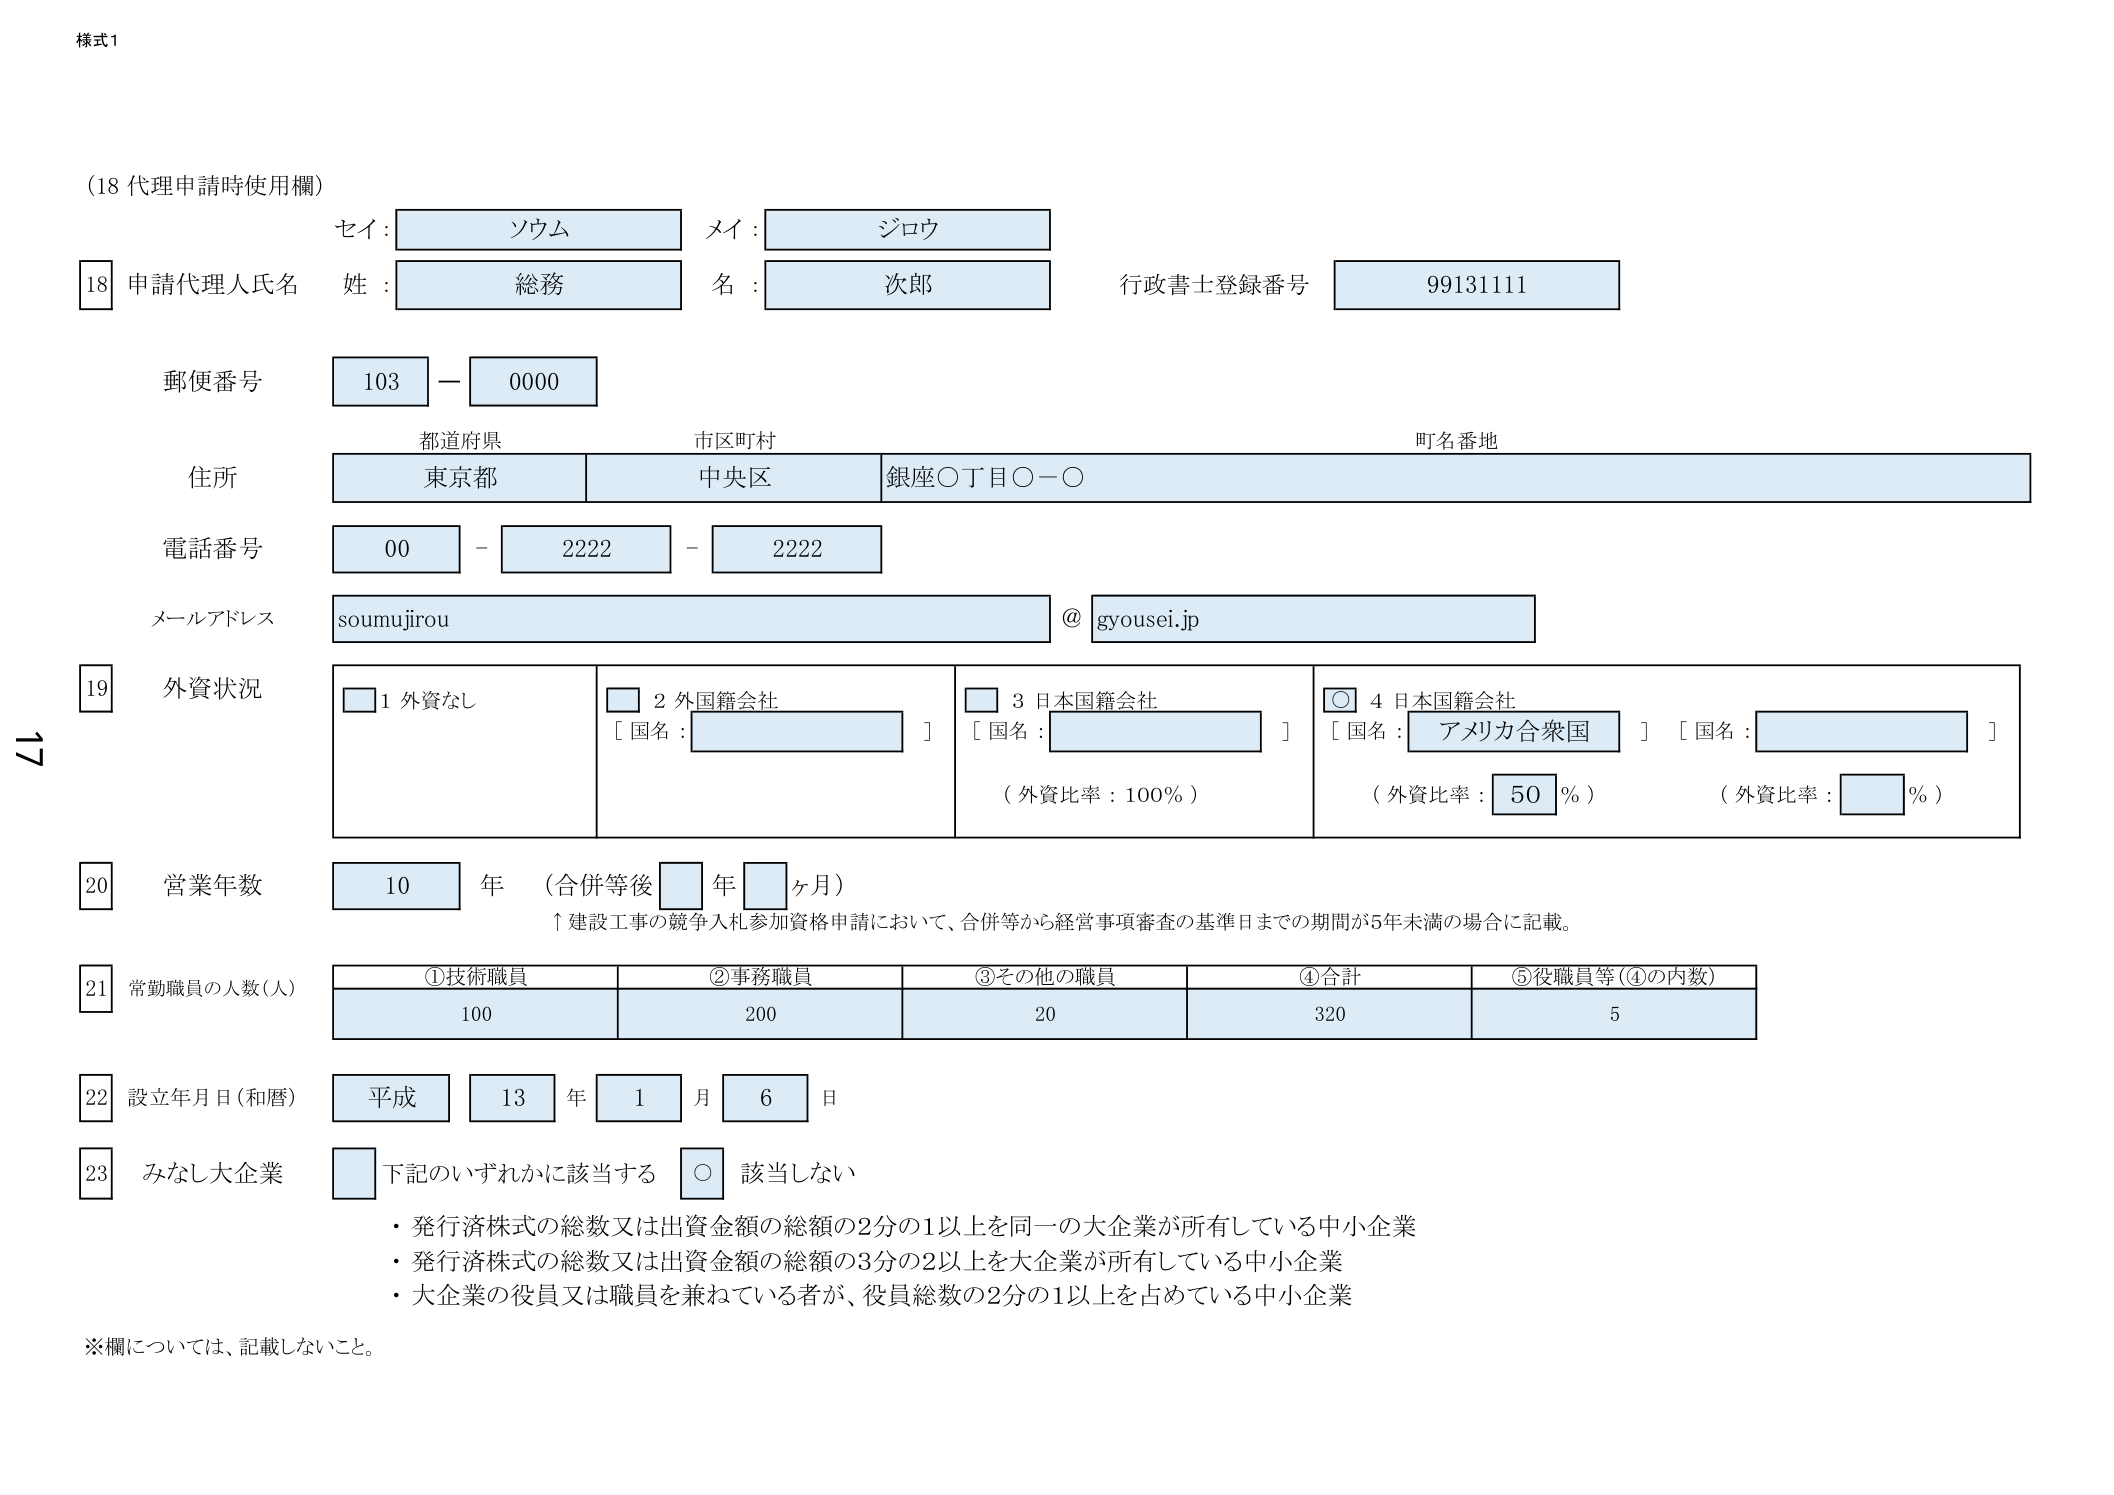
様式1

（18 代理申請時使用欄）

セイ：ソウム
メイ：ジロウ
姓：総務
名：次郎
行政書士登録番号 99131111

郵便番号 103－0000

住所
都道府県 東京都
市区町村 中央区
町名番地 銀座〇丁目〇－〇

電話番号 00－2222－2222

メールアドレス soumujirou @ gyousei.jp

19 外資状況
□ 1 外資なし
□ 2 外国籍会社 [ 国名：　　　　　　]
□ 3 日本国籍会社 [ 国名：　　　　　　] （外資比率：100％）
○ 4 日本国籍会社 [ 国名：アメリカ合衆国 ] （外資比率：50％）
[ 国名：　　　　　　] （外資比率：　　　％）

20 営業年数 10 年 （合併等後 □ 年 □ ヶ月）
↑建設工事の競争入札参加資格申請において、合併等から経営事項審査の基準日までの期間が5年未満の場合に記載。

21 常勤職員の人数（人）
①技術職員 100
②事務職員 200
③その他の職員 20
④合計 320
⑤役職員等（④の内数） 5

22 設立年月日（和暦） 平成 13 年 1 月 6 日

23 みなし大企業
□ 下記のいずれかに該当する ○ 該当しない
・発行済株式の総数又は出資金額の総額の2分の1以上を同一の大企業が所有している中小企業
・発行済株式の総数又は出資金額の総額の3分の2以上を大企業が所有している中小企業
・大企業の役員又は職員を兼ねている者が、役員総数の2分の1以上を占めている中小企業

※欄については、記載しないこと。